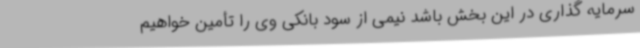
سرمایه گذاری در این بخش باشد نیمی از سود بانکی وی را تأمین خواهیم